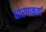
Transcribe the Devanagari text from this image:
धारणकर्ता